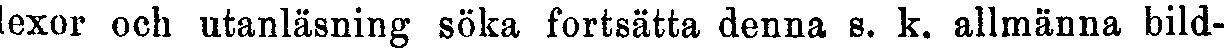
lexor och utanläsning söka fortsätta denna s. k. allmänna bild-